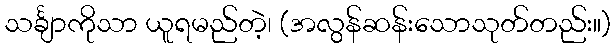
သင်္ချာကိုသာ ယူရမည်တဲ့၊ (အလွန်ဆန်းသောသုတ်တည်း။)